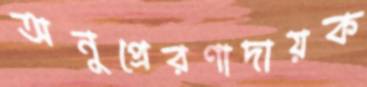
অনুপ্রেরণাদায়ক